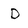
Character: D